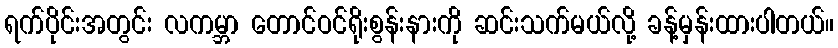
ရက်ပိုင်းအတွင်း လကမ္ဘာ တောင်ဝင်ရိုးစွန်းနားကို ဆင်းသက်မယ်လို့ ခန့်မှန်းထားပါတယ်။